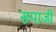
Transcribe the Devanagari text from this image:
रूपाजी